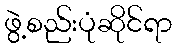
ဖွဲ့စည်းပုံဆိုင်ရာ